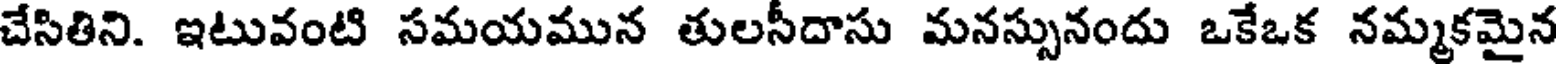
చేసితిని. ఇటువంటి సమయమున తులసీదాసు మనస్సునందు ఒకేఒక నమ్మకమైన